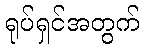
ရုပ်ရှင်အတွက်